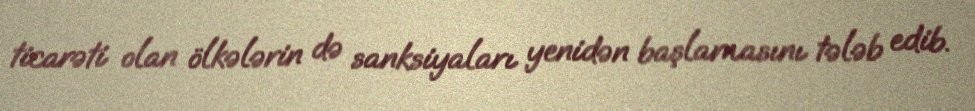
ticarəti olan ölkələrin də sanksiyaları yenidən başlamasını tələb edib.